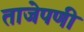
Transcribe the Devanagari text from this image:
ताजेपणी